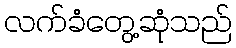
လက်ခံတွေ့ဆုံသည်